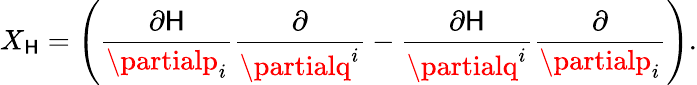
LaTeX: X_{\mathsf{H}}=\left(\frac{{\partial\mathsf{H}}}{{\partialp_{i}}}\frac{{\partial}}{{\partialq^{i}}}-\frac{{\partial\mathsf{H}}}{{\partialq^{i}}}\frac{{\partial}}{{\partialp_{i}}}\right).